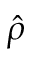
\hat { \rho }